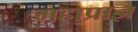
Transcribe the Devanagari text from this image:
महाप्राज्ञ